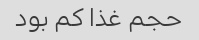
حجم غذا کم بود